Calcutta medical institutions reports 1871-78
Year: 1871
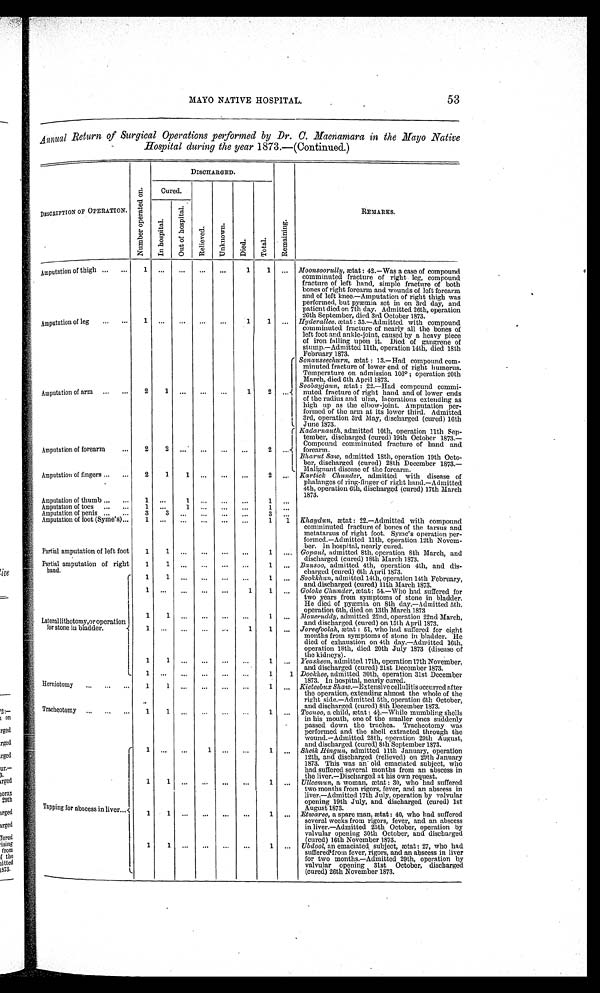
MAYO NATIVE HOSPITAL.
53
Annual Return of Surgical Operations performed by Dr. C. Macnamara in the Mayo Native
Hospital during the year 1873.—(Continued.)
DESCRIPTION OF OPERATION.
N u m b e r o p e r a t e d o n .
DISCHARGED.
R e m a i n i n g .
REMARKS.
Cured.
Re l i e ve d.
Unknown.
D i e d .
Tot al .
I n h o s p i t a l .
O u t o f h o s p i t a l .
Amputation of thigh
1
...
...
...
...
1
1
... Moonsoorully, ætat: 42.—Was a case of compound
comminuted fracture of right leg, compound
fracture of left hand, simple fracture of both
bones of right forearm and wounds of left forearm
and of left knee.—Amputation of right thigh was
performed, but pyæmia set in on 3rd day, and
patient died on 7th day. Admitted 26th, operation
26th September, died 3rd October 1873.
Amputation of leg
1
. . .
...
...
...
1
1
... Hyderallee, ætat: 35.—Admitted with compound
comminuted fracture of nearly all the bones of
left foot and ankle-joint, caused by a heavy piece
of iron falling upon it. Died of gangrene of
stump.—Admitted 11th, operation 14th, died 18th
February 1873.
Amputation of arm
2
1 ...
...
...
1
2
...
Sonauseecharn, ætat: 13.—Had compound com-
minuted fracture of lower end of right humerus.
Temperature on admission 106°; operation 20th
March, died 6th April 1873.
Soobayjaun, ætat: 22.—Had compound commi-
nuted fracture of right hand and of lower ends
of the radius and ulna, lacerations extending as
high up as the elbow-joint. Amputation per-
formed of the arm at its lower third. Admitted
3rd, operation 3rd May, discharged (cured) 16th
June 1873.
Amputation of forearm
2
2
.
..
...
...
...
2
... Kadarnauth, admitted 10th, operation 11th Sep-
tember, discharged (cured) 19th October 1873.—
Compound comminuted fracture of hand and
forearm.
Bharut Saw, admitted 18th, operation 19th Octo-
ber, discharged (cured) 28th December 1873.
—
Malignant disease of the forearm.
Amputation of fingers
2
1
1
...
...
. . .
2
...
Kartick Chunder, admitted with disease of
phalanges o f ring-finger of right hand.—Admitted
4th, operation 6th, discharged (cured) 17th March
1873.
Amputation of thumb
1
...
1 ...
...
...
1 ...
Amputation of toes
1
...
1
...
...
...
1
...
Amputation of penis
3
3
...
...
... ...
3 ...
Amputation of foot (Syme's)
1
...
...
...
...
...
1
1 Khaydun, ætat: 22.—Admitted with compound
comminuted fracture of bones of the tarsus and
metatarsus of right foot. Syme's operation per-
formed.—Admitted 11th, operation 12th Novem-
ber. In hospital, nearly cured.
Partial amputation of left foot
1
1
...
...
...
...
1
...
Gopaul, admitted 8th, operation 8th March, and
discharged (cured) 18th March 1873.
Partial amputation of right
hand.
1
1
...
...
...
. . .
1
...
Bausoo, admitted 4th, operation 4th, and dis-
charged (cured) 6th April 1873.
Lateral lithoto my,or operation
for stone in bladder.
1
1 ...
...
...
. . .
1
...
Sookkhun, admitted 14th, operation 14th February,
and discharged (cured) 11th March 1873.
1
. . .
...
...
...
1
1
...
Goloke Chunder, ætat: 54.—Who had suffered for
two years from symptoms of stone in bladder.
He died of pyæmia on 8th day.—Admitted 5th,
operation 6th, died on 13th March 1873
1
1 ...
...
...
. . .
1
. . .
Moneruddy, admitted 22nd, operation 22nd March,
and discharged (cured) on 15th April 1873.
1
. . .
...
...
...
1
1
. . .
Joreefoolah, ætat: 51, who had suffered for eight
months from symptoms of stone in bladder. He
died of exhaustion on 4th day.—Admitted 16th,
operation 18th, died 20th July 1873 (disease of
the kidneys).
1
1 ...
...
...
. . .
1
...
Yeasheen, admitted 17th, operation 17th November,
and discharged (cured) 21st December 1873.
1
. . .
...
...
...
. . .
1
1 Dookhee, admitted 30th, operation 31st December
1873. In hospital, nearly cured.
Herniotomy
1
1
...
...
...
...
1
. . .
Kieteebux Shaw.—Extensive collulitis occurred after
the operation, extending almost the whole of the
right side.—Admitted 5th, operation 6th October,
and discharged (cured) 8th December 1873.
Tracheotomy
1
1
...
...
...
. . .
1
...
Toonoo, a child, ætat: 4 ½.—While mumbling shells
in his mouth, one of the smaller ones suddenly
passed down the trachea. Tracheotomy was
performed and the shell extracted through the
wound.—Admitted 28th, operation 29th August,
and discharged (cured) 8th September 1873.
Tapping for abscess in liver
1 ...
...
1 ...
...
1
...
Sheik Hingun, admitted 11th January, operation
12th, and discharged (relieved) on 29th January
1873. This was an • old emaciated subject, who
had suffered several months from an abscess in
the liver.—Discharged at his own request.
1
1
...
...
...
...
1
...
Ulleemun, a woman, ætat: 30, who had suffered
two months from rigors, fever, and an abscess in
liver.—Admitted 17th July, operation by valvular
opening 19th July, and discharged (cured) 1st
August 1873.
1
1
...
...
...
...
1 ...
Etwaree, a spare man, ætat: 40, who had suffered
several weeks from rigors, fever, and an abscess
in liver.—Admitted 25th October, operation by
valvular opening 30th October, and discharged
(cured) 16th November 1873.
1
1
...
...
...
...
1
...
Ubdool, an emaciated subject, ætat: 27, who had.
suffered from fever, rigors, and an abscess in liver
for two months.—Admitted 29th, operation by
valvular opening 31st October, discharged
(cured) 26th November 1873.